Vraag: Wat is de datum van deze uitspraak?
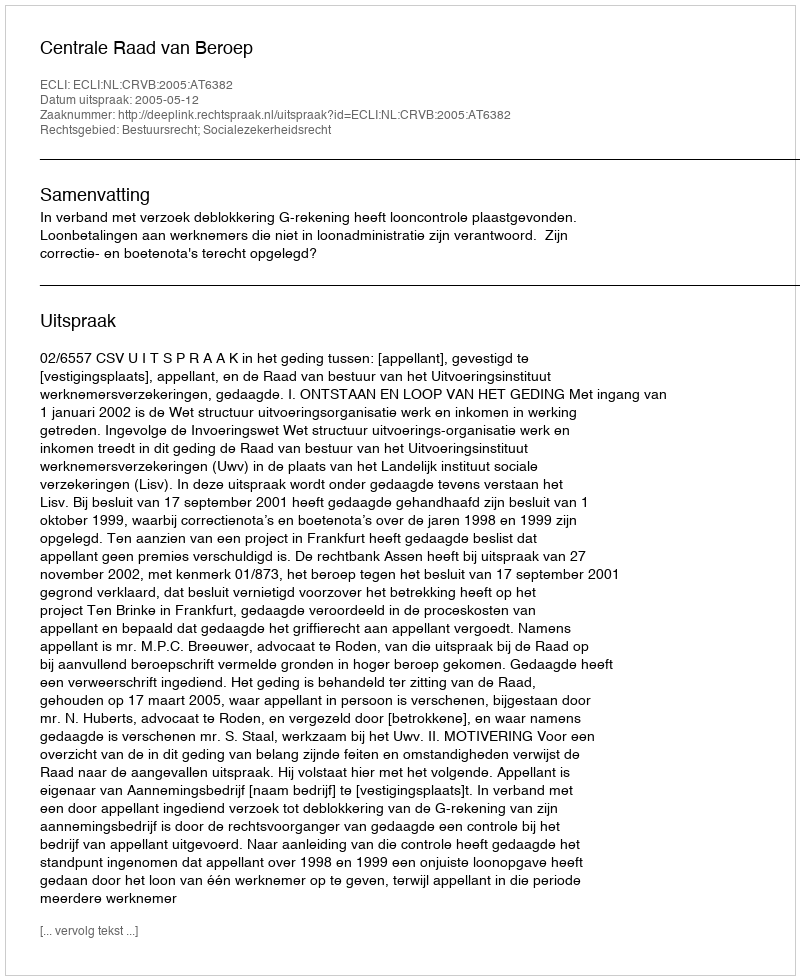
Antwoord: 2005-05-12